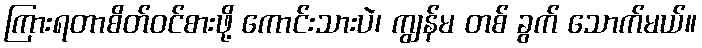
ကြားရတာစိတ်ဝင်စားဖို့ ကောင်းသားပဲ၊ ကျွန်မ တစ် ခွက် သောက်မယ်။